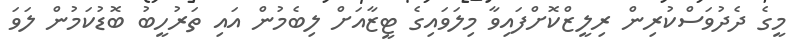
މީގެ ދެދުވަސްކުރިން ރިލީޒްކޮށްފައިވާ މިލަވައިގެ ޓީޒާއަށް ލިބެމުން އައި ތަރުހީބު ބޮޑުކަމުން ލަވަ